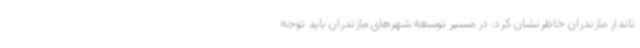
تاندار مازندران خاطرنشان کرد: در مسیر توسعه شهرهای مازندران باید توجه